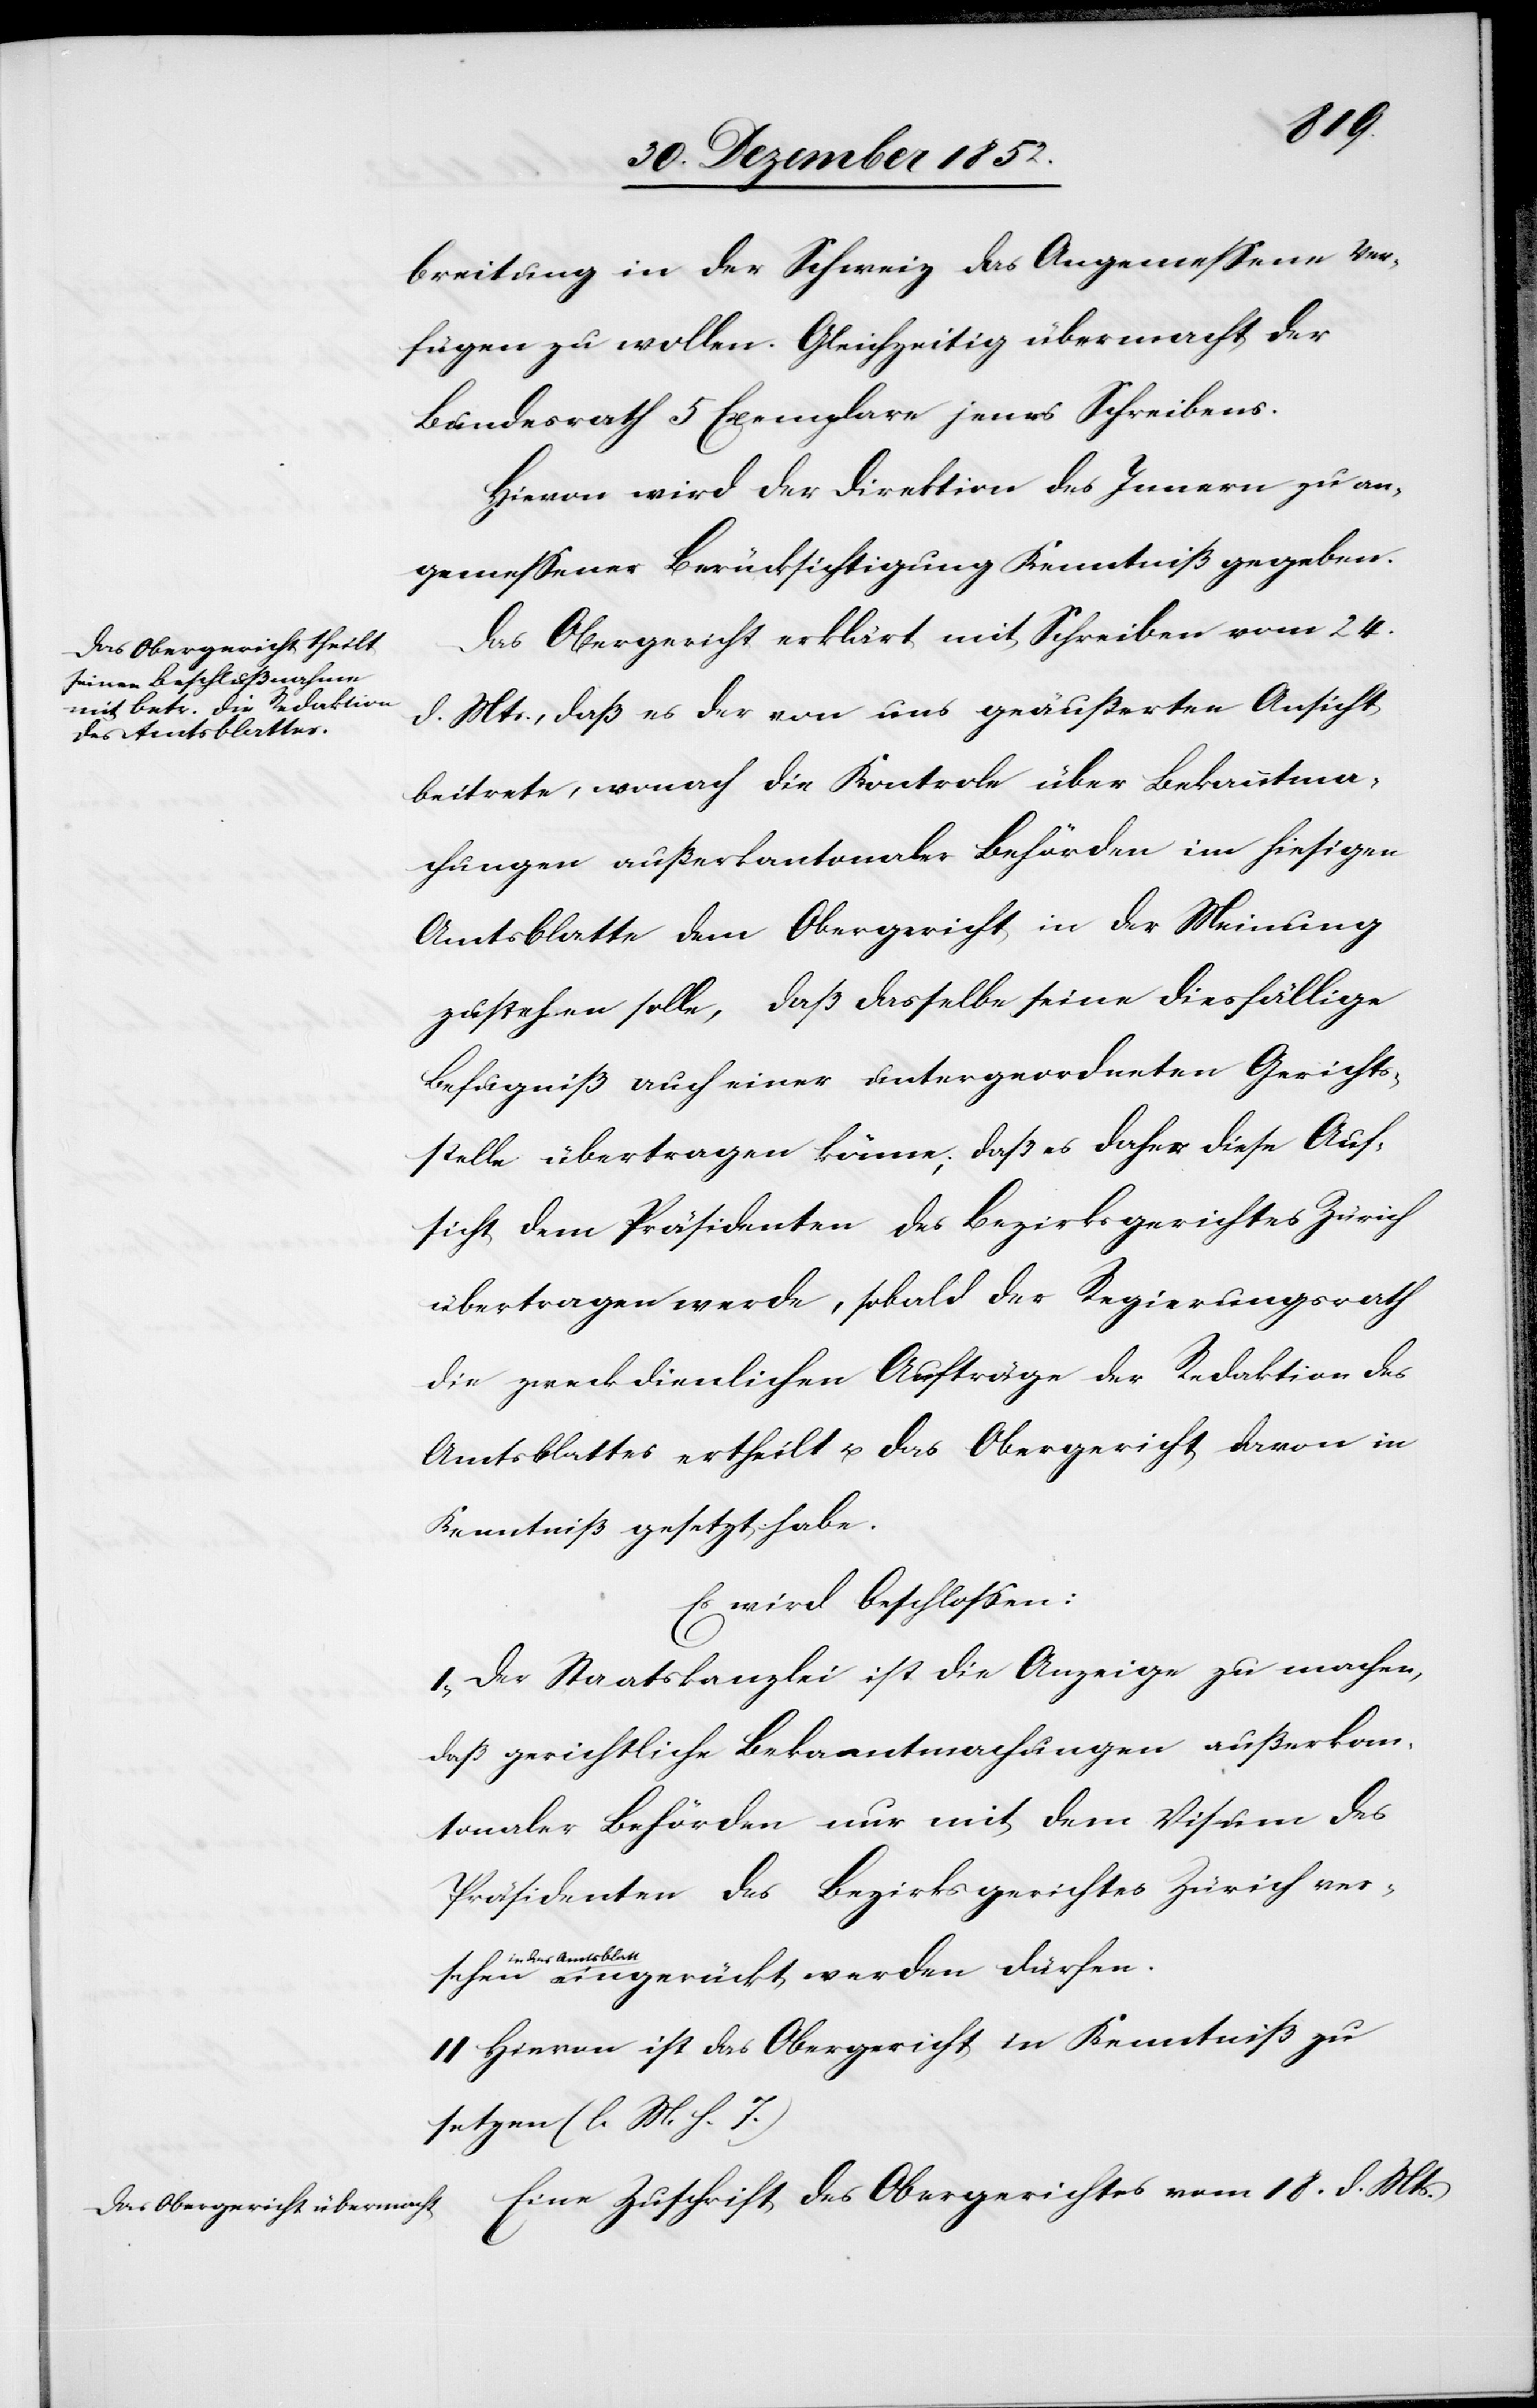
18.
breitung in der Schweiz das Angemessene ver¬
fügen zu wollen. Gleichzeitig übermacht der
Bundesrath 5 Exemplare jenes Schreibens.
Hievon wird der Direktion des Innern zu an¬
gemessener Berücksichtigung Kenntniß gegeben.
Das Obergericht erklärt mit Schreiben vom 24.
d. Mts., daß es der von uns geäußerten Ansicht
beitrete, wonach die Kontrole über Bekanntma¬
chungen außerkantonaler Behörden im hiesigen
Amtsblatte dem Obergericht in der Meinung
zustehen solle, daß dasselbe seine diesfällige
Befugniß auch einer untergeordneten Gerichts¬
stelle übertragen könne; daß es daher diese Auf¬
sicht dem Präsidenten des Bezirksgerichtes Zürich
übertragen werde, sobald der Regierungsrath
die zweckdienlichen Aufträge der Redaktion des
Amtsblattes ertheilt u. das Obergericht davon in
Kenntniß gesetzt habe.
Es wird beschlossen:
I, Der Staatskanzlei ist die Anzeige zu machen,
daß gerichtliche Bekanntmachungen außerkan¬
tonaler Behörden nur mit dem Visum des
Präsidenten des Bezirksgerichtes Zürich ver¬
sehen in das Amtsblatt
II Hievon ist das Obergericht in Kenntniß zu
setzen (l. M. h. T.)